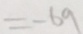
= - 6 9